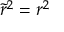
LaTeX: { \tilde { r } } ^ { 2 } = r ^ { 2 }